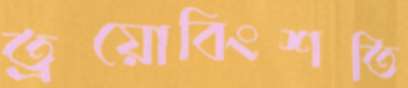
ত্রয়োবিংশতি